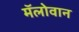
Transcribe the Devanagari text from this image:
मॅलोवान